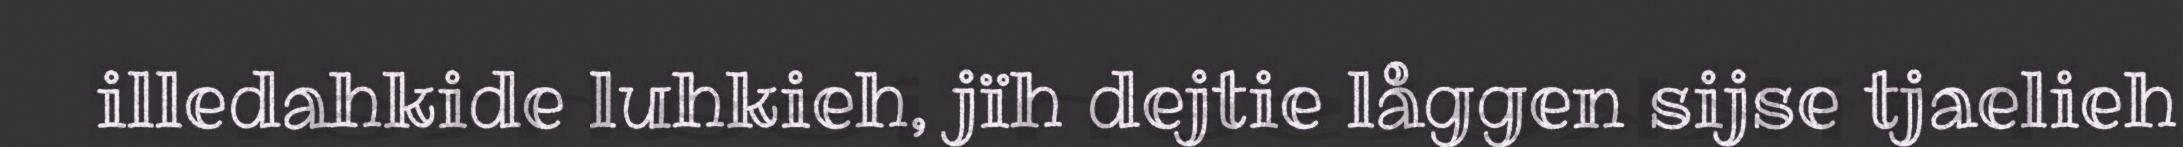
illedahkide luhkieh, jïh dejtie låggen sijse tjaelieh